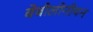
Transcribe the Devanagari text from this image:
बेबीलोनीयन